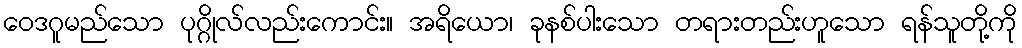
ဝေဒဂူမည်သော ပုဂ္ဂိုလ်လည်းကောင်း။ အရိယော၊ ခုနစ်ပါးသော တရားတည်းဟူသော ရန်သူတို့ကို